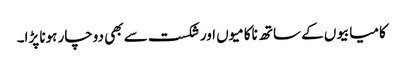
کامیابیوں کے ساتھ ناکامیوں اور شکست سے بھی دوچار ہونا پڑا۔